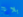
بلاغ